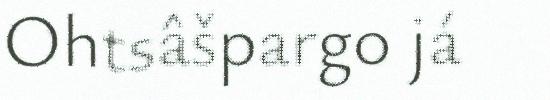
Ohtsâšpargo já